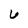
Character: 6